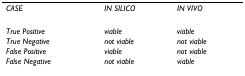
<table><thead><tr><td><b><i>CASE</i></b></td><td><b><i>IN SILICO</i></b></td><td><b><i>IN VIVO</i></b></td></tr></thead><tbody><tr><td><i>True Positive</i></td><td><i>viable</i></td><td><i>viable</i></td></tr><tr><td><i>True Negative</i></td><td><i>not viable</i></td><td><i>not viable</i></td></tr><tr><td><i>False Positive</i></td><td><i>viable</i></td><td><i>not viable</i></td></tr><tr><td><i>False Negative</i></td><td><i>not viable</i></td><td><i>viable</i></td></tr></tbody></table>